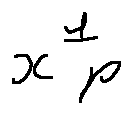
x _ { p } ^ { 1 }